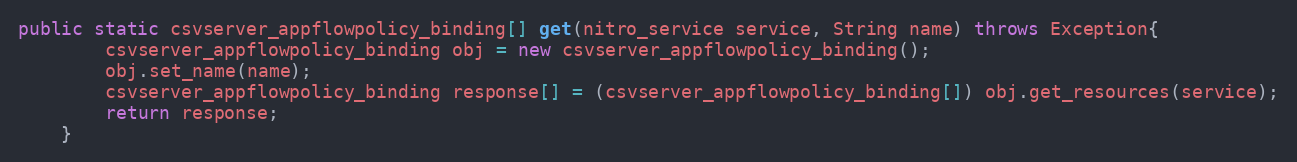
Language: Java
public static csvserver_appflowpolicy_binding[] get(nitro_service service, String name) throws Exception{
		csvserver_appflowpolicy_binding obj = new csvserver_appflowpolicy_binding();
		obj.set_name(name);
		csvserver_appflowpolicy_binding response[] = (csvserver_appflowpolicy_binding[]) obj.get_resources(service);
		return response;
	}